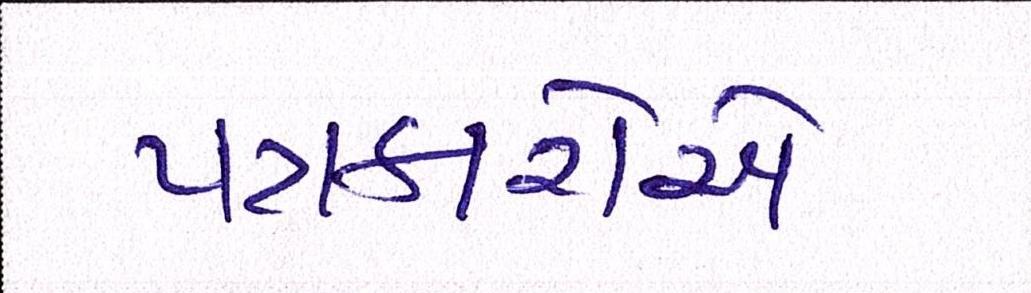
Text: પત્રકારોએ